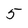
Character: 5